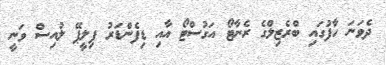
ދެވަނަ ހާފުގައި ބްރެޒިލްގެ ރެނާޓޯ އަގުސްޓޯ އާއި ޑިފެންޑަރު ފިލީޕޭ ލުއިސް ވަނީ